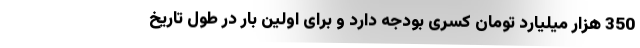
350 هزار میلیارد تومان کسری بودجه دارد و برای اولین بار در طول تاریخ